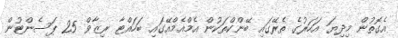
އެގޮތުން މިދިޔަ އަހަރުގެ ތެރޭގައި ބޭންކްތަކުން އެމްއެމްއޭގައި ބަހައްޓާ ރިޒާވް 25 ޕަސެންޓުން